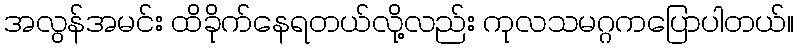
အလွန်အမင်း ထိခိုက်နေရတယ်လို့လည်း ကုလသမဂ္ဂကပြောပါတယ်။